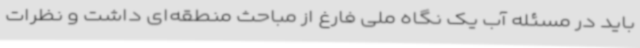
باید در مسئله آب یک نگاه ملی فارغ از مباحث منطقه‌ای داشت و نظرات